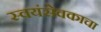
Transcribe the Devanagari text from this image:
स्वयंसेवकाचा